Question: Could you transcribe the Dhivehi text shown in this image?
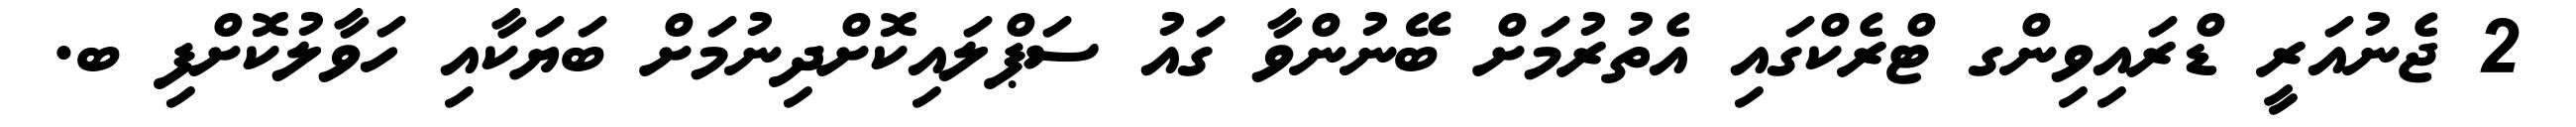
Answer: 2 ޖެނުއަރީ ޑްރައިވިންގ ޓްރެކްގައި އެތުރުމަށް ބޭނުންވާ ގައު ސަޕްލައިކޮށްދިނުމަށް ބަޔަކާއި ހަވާލުކޮށްފި ބ.